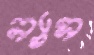
ন্যাস